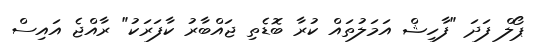
ޕޯލް ފަދަ "ފާހިޝް އަމަލުތައް ކުރާ ބޮޑެތި ޖައްބާރު ކާފަރަކު" ރާއްޖެ އައިސް